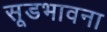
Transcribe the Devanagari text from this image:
सूडभावना